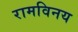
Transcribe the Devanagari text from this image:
रामविनय